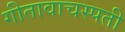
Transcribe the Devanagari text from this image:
गीतावाचस्पती